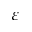
\varepsilon